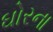
ઘોરના